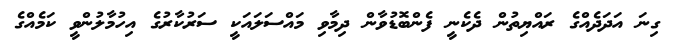
ގިނަ އަދަދެއްގެ ރައްޔިތުން ދެކެނީ ފެންބޮޑުވާން ދިމާވި މައްސަލައަކީ ސަރުކާރުގެ އިހުމާލުންވީ ކަމެއްގެ